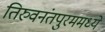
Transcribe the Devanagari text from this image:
तिरुवनंतपुरममध्ये